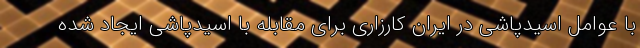
با عوامل اسیدپاشی در ایران کارزاری برای مقابله با اسیدپاشی ایجاد شده